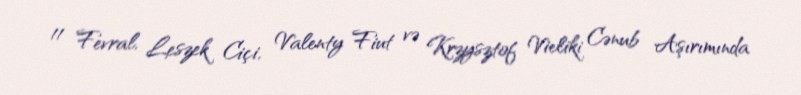
11 Fevral, Leszek Ciçi, Valenty Fiut və Krzysztof Vieliki Cənub Aşırımında